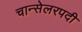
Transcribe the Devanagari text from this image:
चान्सेलरपदी